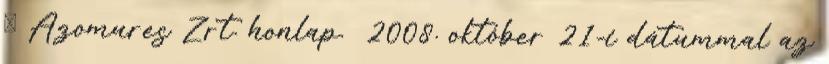
↑ Azomures Zrt. honlap. 2008. október 21-i dátummal az